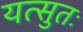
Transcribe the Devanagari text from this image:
यत्सुतः